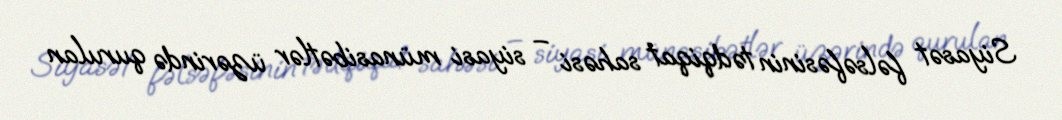
Siyasət fəlsəfəsinin tədqiqat sahəsi – siyasi münasibətlər üzərində qurulan